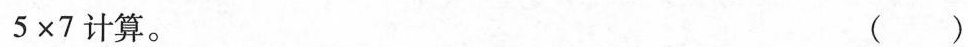
$$5 \times 7$$计算。 ( )